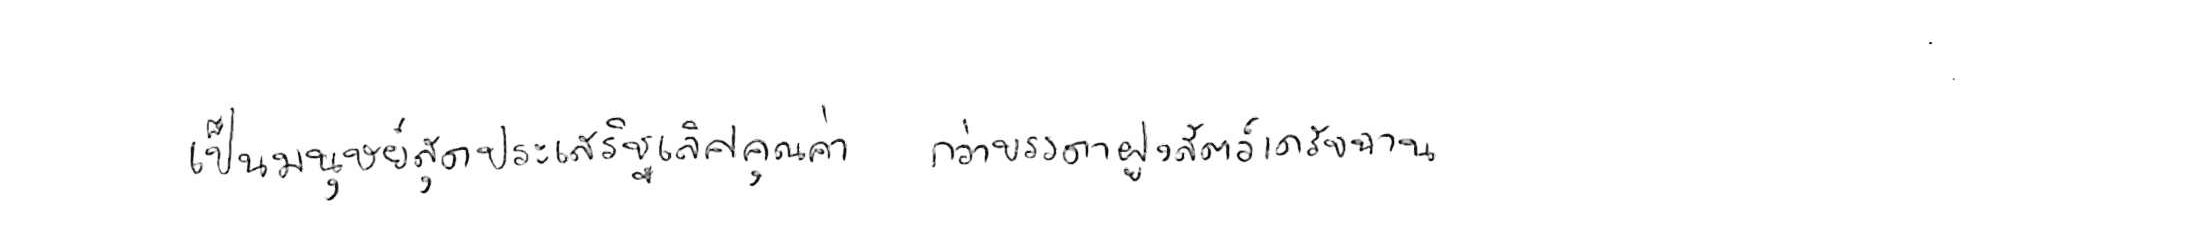
เป็นมนุษย์สุดประเสริฐเลิศคุณค่า กว่าบรรดาฝูงสัตว์เดรัจฉาน